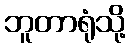
ဘူတာရုံသို့